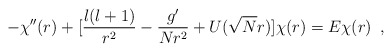
\begin{align*}-\chi^{\prime\prime}(r) + [ \frac{l(l+1)}{r^2} - \frac{g^{\prime}}{N r^2}+ U(\sqrt{N}r) ] \chi (r) = E \chi(r)\,\,\,,\end{align*}